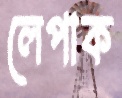
লেপাক